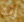
زبد